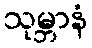
သုမ္ဘာနံ